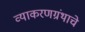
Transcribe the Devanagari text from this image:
व्याकरणग्रंथाचे